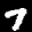
Label: 7